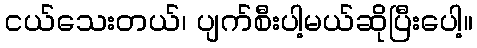
ငယ်သေးတယ်၊ ပျက်စီးပါ့မယ်ဆိုပြီးပေါ့။